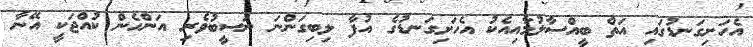
އެހަށިގަނޑުގައި އަތް ބީއްސާލުމާއިއެކު އެހަށިގަނޑުގެ އުފާ ލިބިގަންނަ ނަސީބުވެރި އަންހެން ކުއްޖަކީ އޭނާ